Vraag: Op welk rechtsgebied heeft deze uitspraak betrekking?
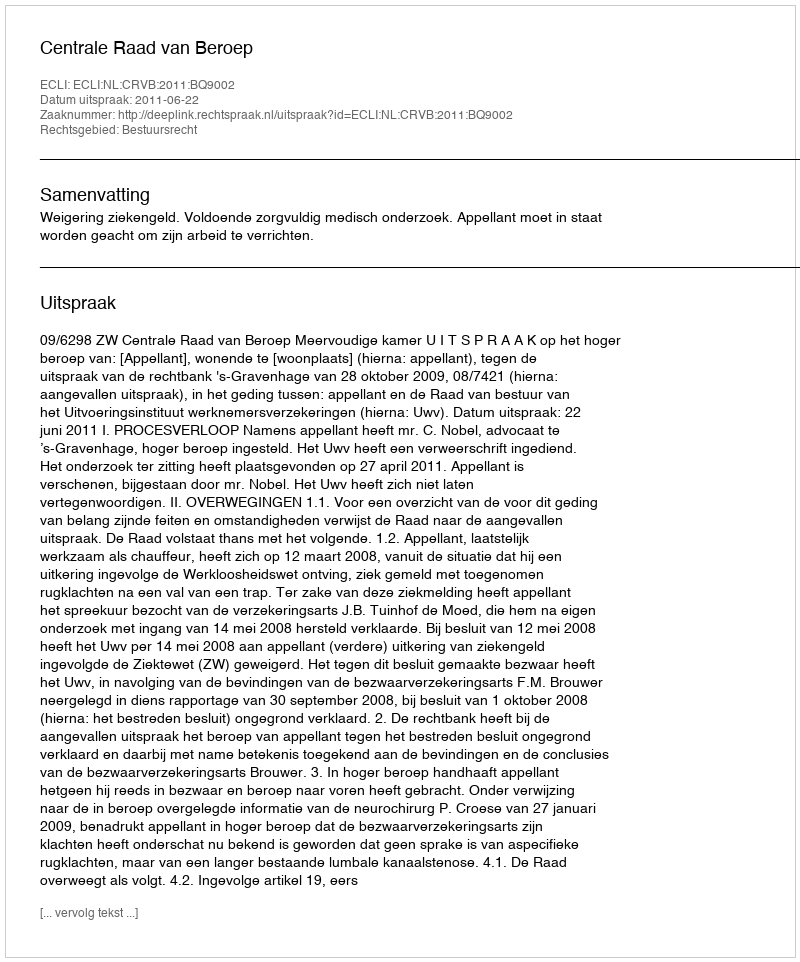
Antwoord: Bestuursrecht